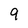
Character: 9